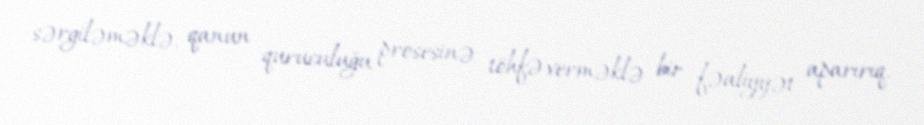
sərgiləməklə, qanun quruculuğu prosesinə töhfə verməklə bir fəaliyyət aparırıq.